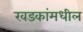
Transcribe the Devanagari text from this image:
खडकांमधील